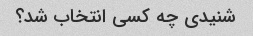
شنیدی چه کسی انتخاب شد؟